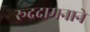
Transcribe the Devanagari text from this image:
रूद्रदामनाने